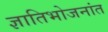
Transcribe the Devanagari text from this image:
ज्ञातिभोजनांत